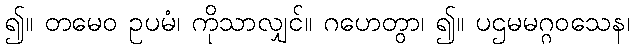
၍။ တမေဝ ဥပမံ၊ ကိုသာလျှင်။ ဂဟေတွာ၊ ၍။ ပဌမမဂ္ဂဝသေန၊